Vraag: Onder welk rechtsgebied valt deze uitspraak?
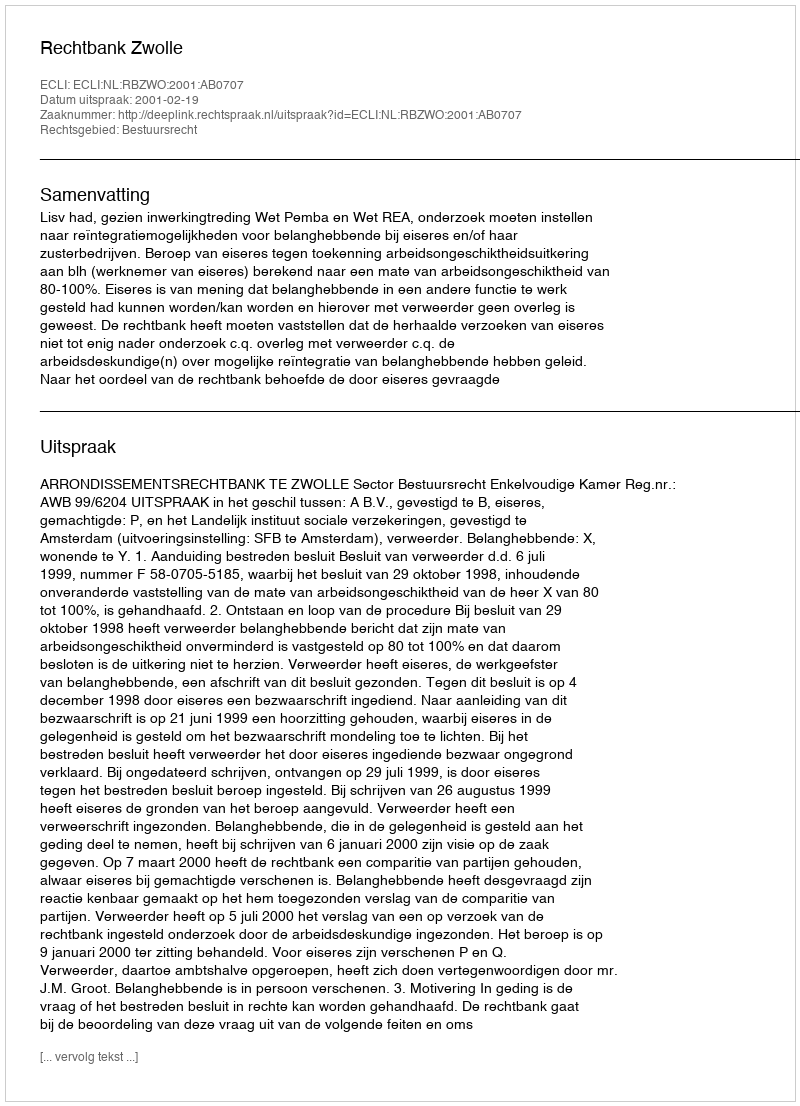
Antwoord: Bestuursrecht